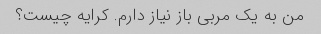
من به یک مربی باز نیاز دارم. کرایه چیست؟